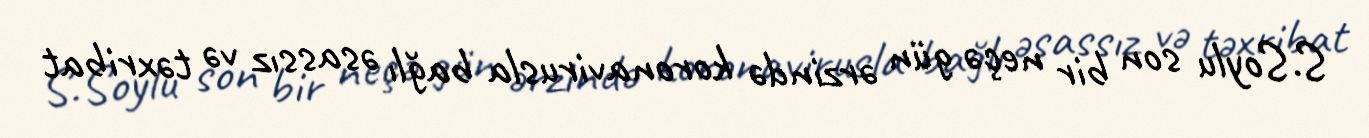
S.Soylu son bir neçə gün ərzində koronavirusla bağlı əsassız və təxribat